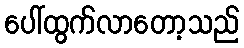
ပေါ်ထွက်လာတော့သည်